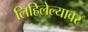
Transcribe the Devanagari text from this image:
लिहिलेल्यावर